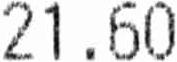
21.60